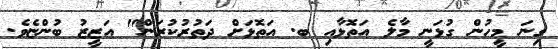
ގިނަ މީހުން ގުޅަނީ މާލެ އަތޮޅާއި ބ. އަތޮޅަށް ދަތުރުކުރަން" އަޒީޒު ބުންޏެވެ.